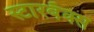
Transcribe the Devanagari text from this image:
स्टारबॅक्स